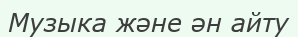
Музыка және ән айту